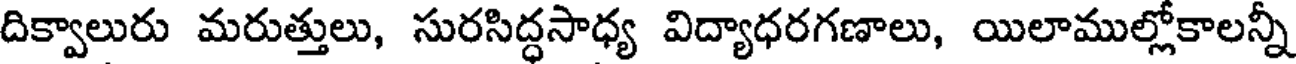
దిక్వాలురు మరుత్తులు, సురసిద్ధసాధ్య విద్యాధరగణాలు, యిలాముల్లోకాలన్నీ